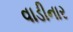
વાડીનાર